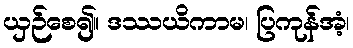
ယှဉ်စေ၍။ ဒဿယိကာမ၊ ပြကုန်အံ့၊